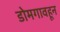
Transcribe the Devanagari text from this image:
डोमगावहून